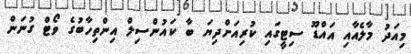
މިއަދު މާލެއާއި އައްޑޫ ސިޓީގައި ކުރިއަށްދިޔަ ބާ ކައުންސިލް އިންތިހާބުގެ ވޯޓް ގުނަން